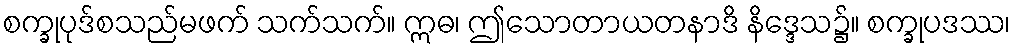
စက္ခုပုဒ်စသည်မဖက် သက်သက်။ ဣဓ၊ ဤသောတာယတနာဒိ နိဒ္ဒေသ၌။ စက္ခုပဒဿ၊